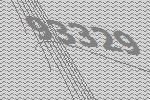
93329